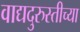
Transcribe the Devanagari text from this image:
वाद्यदुरुस्तीच्या